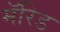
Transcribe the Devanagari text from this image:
मॅरिड